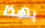
بهذا